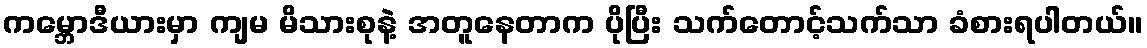
ကမ္ဘောဒီယားမှာ ကျမ မိသားစုနဲ့ အတူနေတာက ပိုပြီး သက်တောင့်သက်သာ ခံစားရပါတယ်။